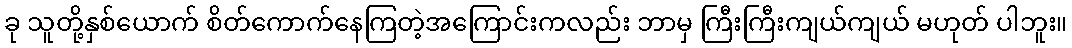
ခု သူတို့နှစ်ယောက် စိတ်ကောက်နေကြတဲ့အကြောင်းကလည်း ဘာမှ ကြီးကြီးကျယ်ကျယ် မဟုတ် ပါဘူး။